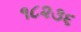
૧૮૨૩૬